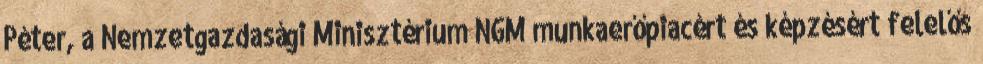
Péter, a Nemzetgazdasági Minisztérium NGM munkaerőpiacért és képzésért felelős